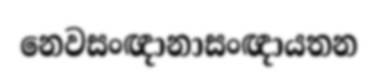
නෙවසංඥානාසංඥායතන